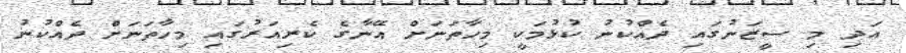
އަދި މި ސީޒަނުގައި ދެއްކުނު ކުޅުމަކީ މިހާތަނަށް އޭނާގެ ކެރިއަރުގައި މިހާތަނަށް ދެއްކުނު